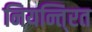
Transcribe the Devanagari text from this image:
नियन्ति्रत